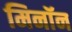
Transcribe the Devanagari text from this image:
मिनॉन